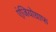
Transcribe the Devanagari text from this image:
एंजियोग्राफ